Report on vaccination in the Province of Bengal - 1874-1889
Year: 1874
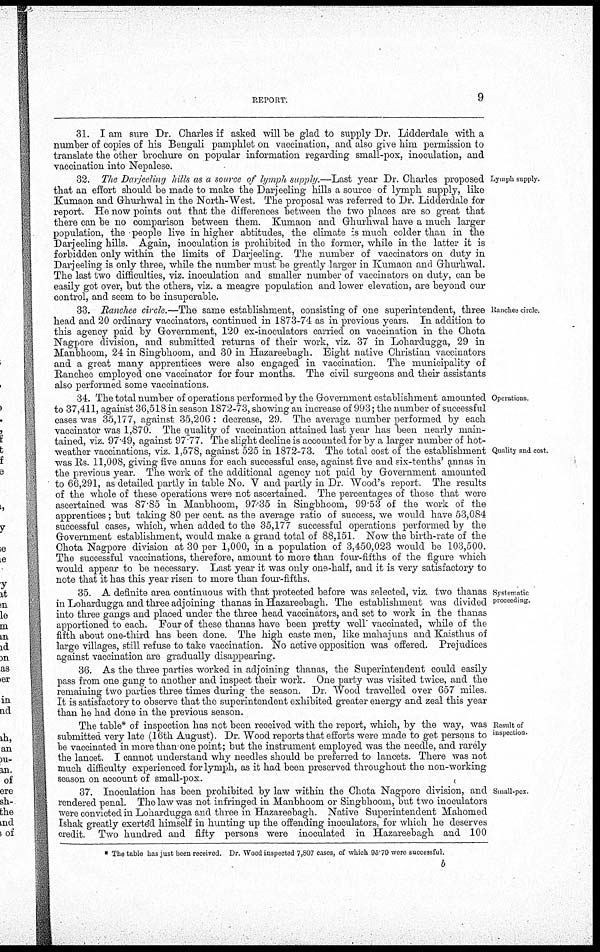
REPORT.
9
31. I am sure Dr. Charles if asked will "be glad to supply Dr. Lidderdale with a
number of copies of his Bengali pamphlet on vaccination, and also give him permission to
translate the other brochure on popular information regarding small-pox, inoculation, and
vaccination into Nepalese.
Lymph supply.
32.
The Darjeeling hills as a source of lymph supply.—Last year Dr. Charles proposed
that an effort should be made to make the Darjeeling hills a source of lymph supply, like
Kumaon and Ghurhwal in the North-West. The proposal was referred to Dr. Lidderdale for
report. He now points out that the differences between the two places are so great that
there can be no comparison between them. Kumaon and Ghurhwal have a much larger
population, the people live in higher abtitudes, the climate is much colder than in the
Darjeeling hills. Again, inoculation is prohibited in the former, while in the latter it is
forbidden only within the limits of Darjeeling. The number of vaccinators on duty in
Darjeeling is only three, while the number must be greatly larger in Kumaon and Ghurhwal.
The last two difficulties, viz. inoculation and smaller number of vaccinators on duty, can be
easily got over, but the others, viz. a meagre population and lower elevation, are beyond our
control, and seem to be insuperable.
Ranchee circle.
33. Ranchee circle.—The same establishment, consisting of one superintendent, three
head and 20 ordinary vaccinators, continued in 1873-74 as in previous years. In addition to
this agency paid by Government, 120 ex-inoculators carried on vaccination in the Chota
Nagpore division, and submitted returns of their work, viz. 37 in Lohardugga, 29 in
Manbhoom, 24 in Singbhoom, and 30 in Hazareebagh. Eight native Christian vaccinators
and a great many apprentices were also engaged in vaccination. The municipality of
Ranchee employed one vaccinator for four months. The civil surgeons and their assistants
also performed some vaccinations.
Operations.
Quality and cost.
34. The total number of operations performed by the Government establishment amounted
to 37,411, against 36,518 in season 1872-73, showing an increase of 993; the number of successful
cases was 35,177, against 35,206 : decrease, 29. The average number performed by each
vaccinator was 1,870. The quality of vaccination attained last year has been nearly main-
tained, viz. 97.49, against 97 77. The slight decline is accounted for by a larger number of hot-
weather vaccinations, viz. 1,578, against 525 in 1872-73. The total cost of the establishment
was Rs. 11,008, giving five annas for each successful case, against five and six-tenths' annas in
the previous year. The work of the additional agency not paid by Government amounted
to 66,291, as detailed partly in table No. V and partly in Dr. Wood's report. The results
of the whole of these operations were not ascertained. The percentages of those that were
ascertained was 87.85 in Manbhoom, 97.35 in Singbhoom, 99.53 of the work of the
apprentices ; but taking 80 per cent. as the average ratio of success, we would have 53,084
successful cases, which, when added to the 35,177 successful operations performed by the
Government establishment, would make a grand total of 88,151. Now the birth-rate of the
Chota Nagpore division at 30 per 1,000, in a population of 3,450,023 would be 103,500.
The successful vaccinations, therefore, amount to more than four-fifths of the figure which
would appear to be necessary. Last year it was only one-half, and it is very satisfactory to
note that it has this year risen to more than four-fifths.
Systematic
proceeding.
35. A definite area continuous with that protected before was selected, viz. two thanas
in Lohardugga and three adjoining thanas in Hazareebagh. The establishment was divided
into three gangs and placed under the three head vaccinators, and set to work in the thanas
apportioned to each. Four of these thanas have been pretty well vaccinated, while of the
fifth about one-third has been done. The high caste men, like mahajuns and Kaisthus of
large villages, still refuse to take vaccination. No active opposition was offered. Prejudices
against vaccination are gradually disappearing.
36. As the three parties worked in adjoining thanas, the Superintendent could easily
pass from one gang to another and inspect their work. One party was visited twice, and the
remaining two parties three times during the season. Dr Wood travelled over 657 miles.
It is satisfactory to observe that the superintendent exhibited greater energy and zeal this year
than he had done in the previous season.
Result of
inspection.
The table* of inspection has not been received with the report, which, by the way, was
submitted very late (16th August). Dr. Wood reports that efforts were made to get persons to
be vaccinated in more than one point; but the instrument employed was the needle, and rarely
the lancet. I cannot understand why needles should be preferred to lancets. There was not
much difficulty experienced for lymph, as it had been preserved throughout the non-working
season on account of small-pox.
Small-pox.
37. Inoculation has been prohibited by law within the Chota Nagpore division, and
rendered penal. The law was not infringed in Manbhoom or Singbhoom, but two inoculators
were convicted in Lohardugga and three in Hazareebagh. Native Superintendent Mahomed
Ishak greatly exerted himself in hunting up the offending inoculators, for which he deserves
credit. Two hundred and fifty persons were inoculated in Hazareebagh and 100
* The table has just been received. Dr. Wood inspected 7,807 cases, of which 95.79 were successful.
b